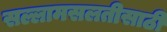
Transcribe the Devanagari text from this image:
सल्लामसलतीसाठी